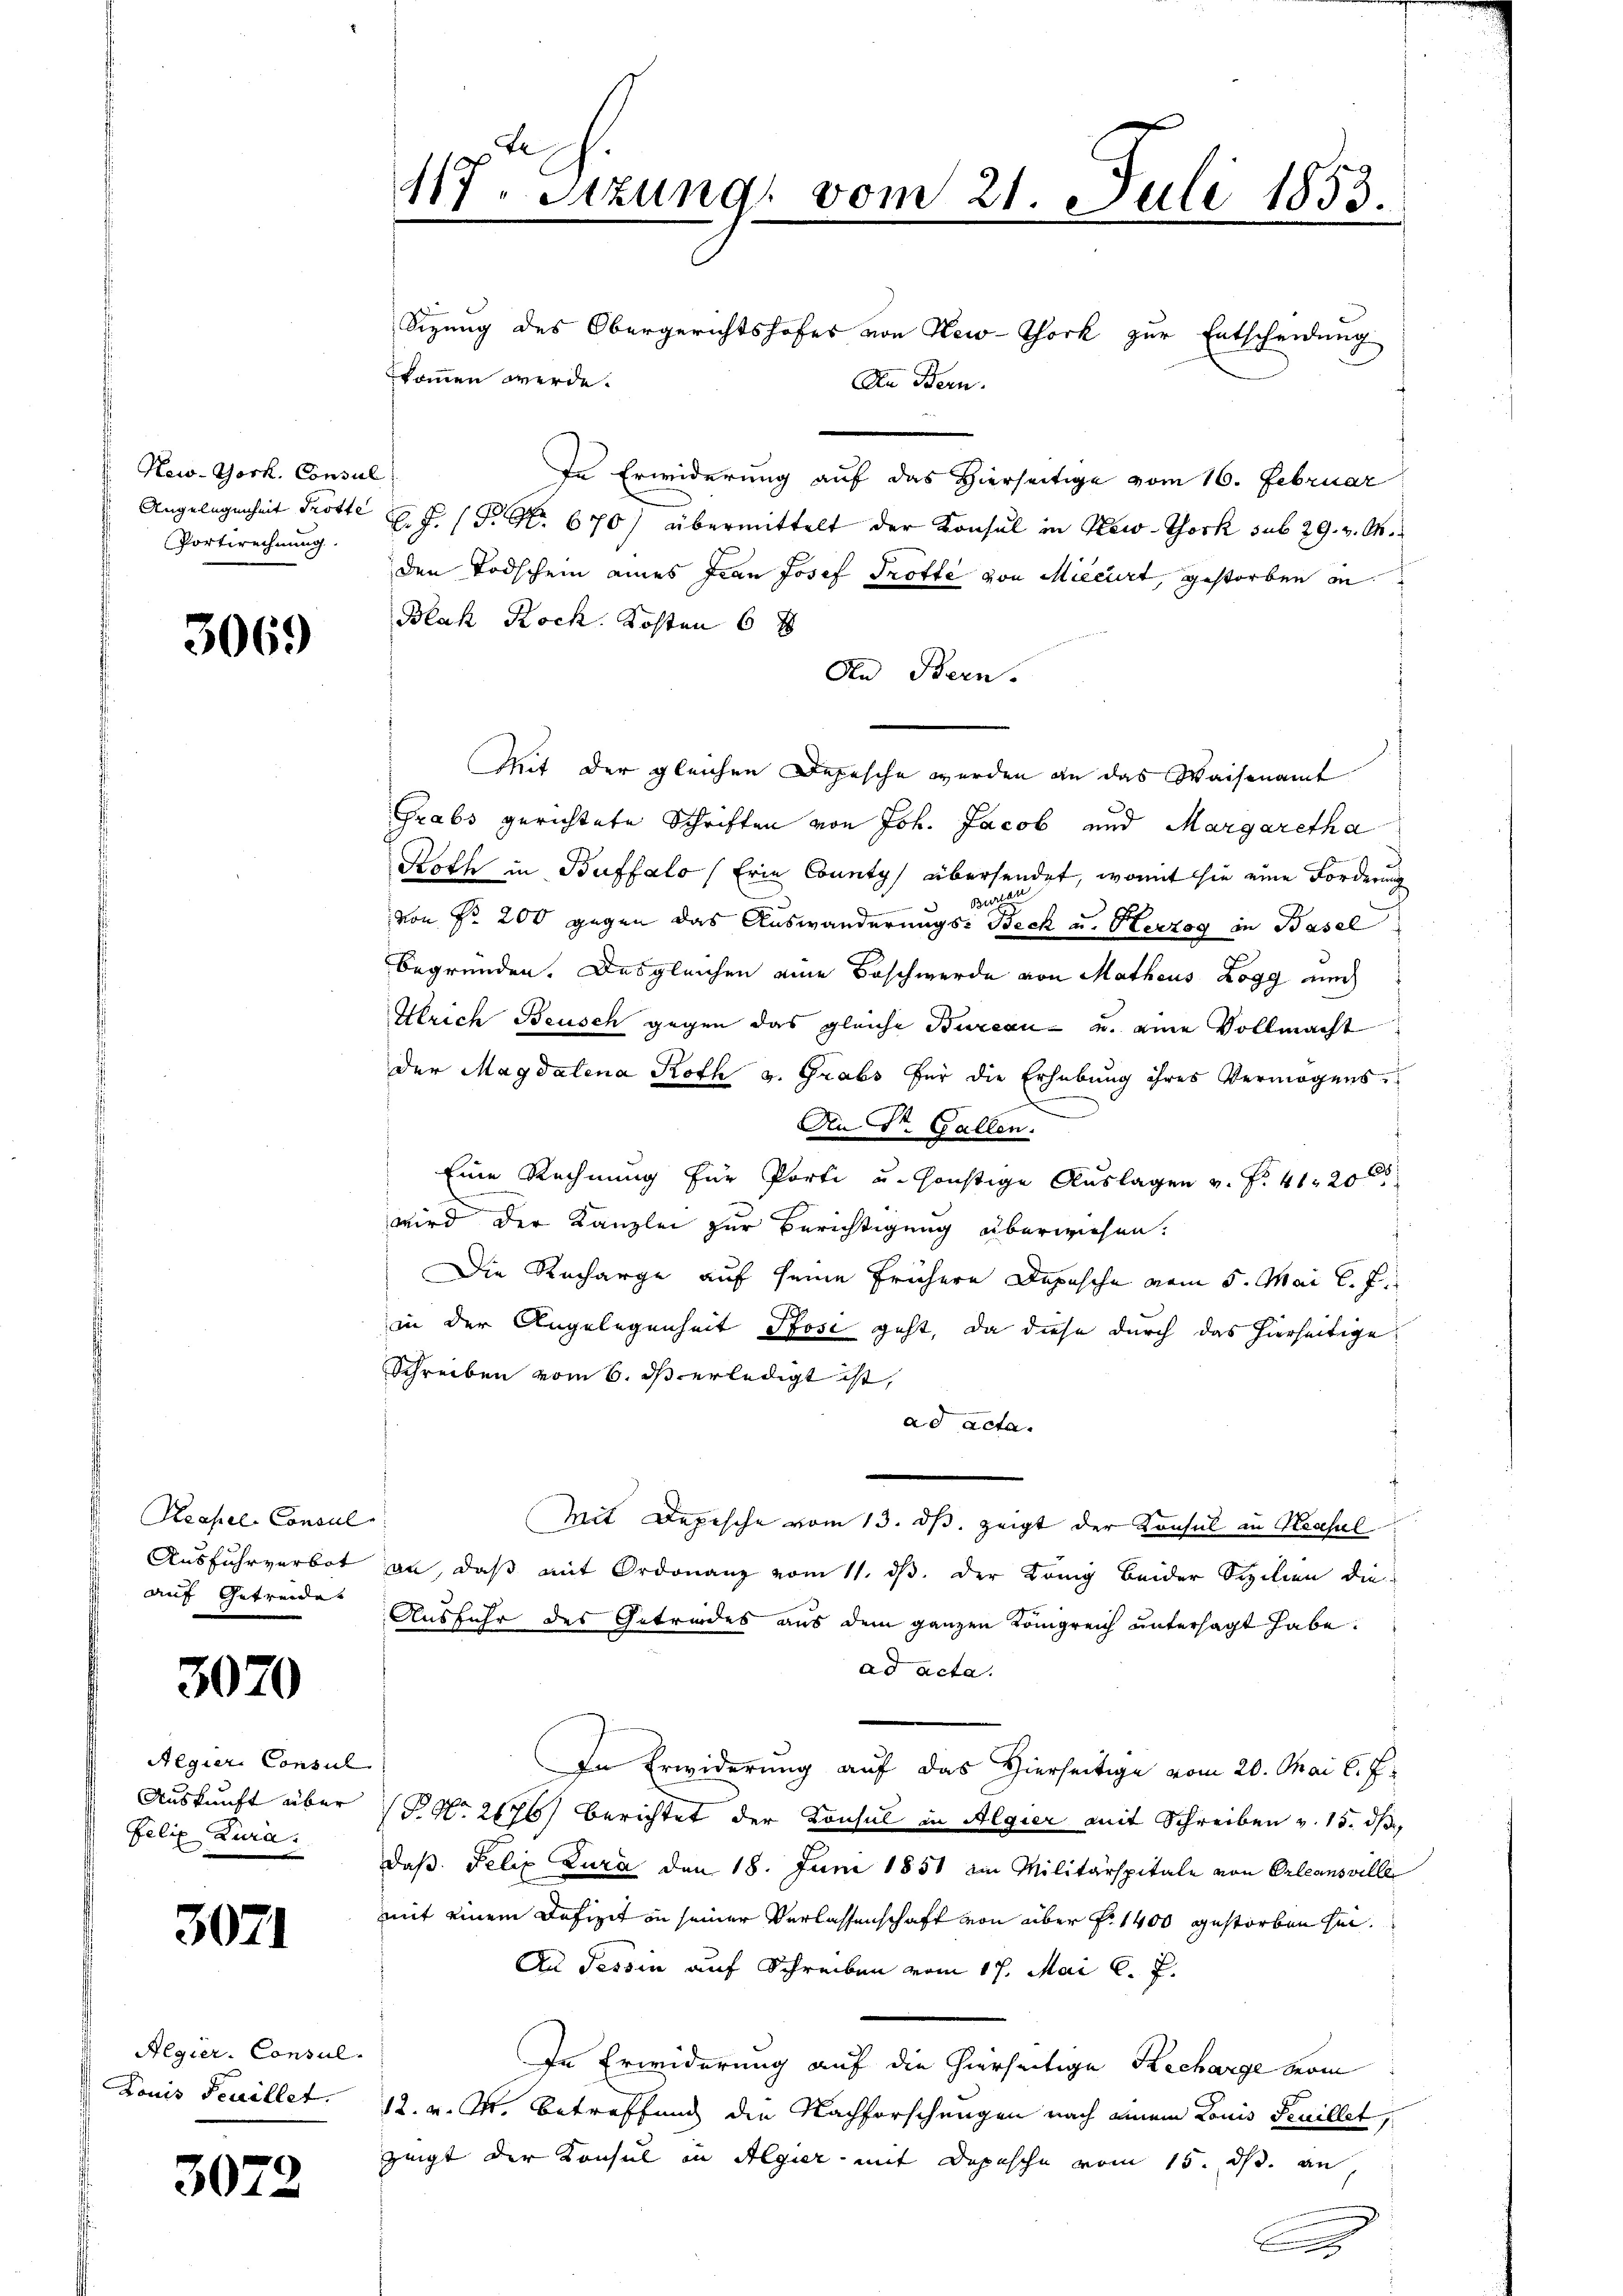
New-York, Consul
Portirechnung.

3069

Keapel-Consul
auf Getreide

3070

Aegier. Consul
Felix Zura.

3071

Algier-Consul-
Louis Feuillet.

3072

Sizung des Obergerichtshofes von New-York zur Entscheidung
kommen werde.
An Bern.
In Erwiderung auf das Hierseitige vom 16. Februar
Angelegenheit Trotte L. F. P. Nr. 670) übermittelt der Konsul in New-York sub 29. v. M.
den Todschein eines Frau Josef Trotte von Miecirt, gestorben in
Blah Roch. Kosten 6 x
An Bern.
Mit der gleichen Depesche werden an das Waisenamt
Grabs gerichtete Schriften von Joh. Jacob und Margaretha
Roth in Buffalo (Erie County übersendet, womit sie eine Forderung
Be
von Nr. 200 gegen das Auswanderungs- Beck u. Herzog in Basel
begründen. Das gleichen eine Beschwerde von Matheus Rogg auch
Hlrich Beusch gegen das gleiche Bureau- und eine Vollmacht
der Magdalena Roth v. Grabs für die Erhebung ihres Vermögens
e
An Dr. Gallen.
Eine Rechnung für Porti u. sonstige Auslagen v. Fr. 41200
wird der Kanzlei zur Berichtigung überwiesen.
Die Recharge auf seine frühere Depesche vom 5. Mai l. J.
in der Angelegenheit Posi geht, da diese durch das hierseitige
Schreiben vom 6. ds erledigt ist,
ad acta.
Mit Depesche vom 13. ds. zeigt der Konsul in Keasul
Ausfuhrverbot an, daß mit Ordonanz vom 11. ds. der König beider Sizilien die
Ausfuhr des Getrindes aus dem ganzen Königreich untersagt habe.
ad acta.
In Erwiderung auf das Hierseitige vom 20. Mai l. J.
Auskunft über P. Nr. 2176) Berichtet der Konsul in Algier mit Schreiben v. 15. dß
daß Felix Jura den 18. Juni 1851 im Militärspitale von Orleansviller
mit einem Defizit in seiner Verlassenschaft von über f. 1400 gestorben sei.
Au Tessin auf Schreiben vom 17. Mai l. J.
In Erwiderung auf die hierseitige Recharge verm
12. v. M. betreffend die Nachforschungen nach einem Louis Feuillet,
zeigt der Konsul in Algier mit Depesche vom 15. ds. an,

117. Sitzung vom 21. Juli 1853.

x